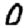
Digit: 0